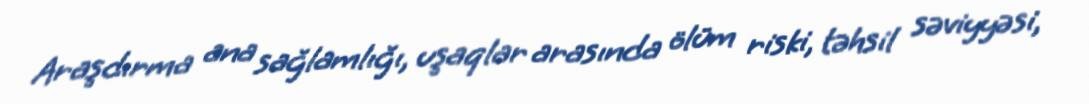
Araşdırma ana sağlamlığı, uşaqlar arasında ölüm riski, təhsil səviyyəsi,